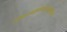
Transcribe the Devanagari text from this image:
पिंडदानंप्रकुर्वीतततश्चतिलतर्पणं